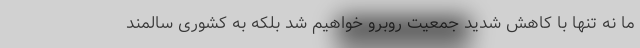
ما نه تنها با کاهش شدید جمعیت روبرو خواهیم شد بلکه به کشوری سالمند